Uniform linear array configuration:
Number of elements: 16
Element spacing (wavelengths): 0.25
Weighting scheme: hamming
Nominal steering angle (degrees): -45
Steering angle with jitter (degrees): -43.294
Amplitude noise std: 0.05
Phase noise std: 0.05

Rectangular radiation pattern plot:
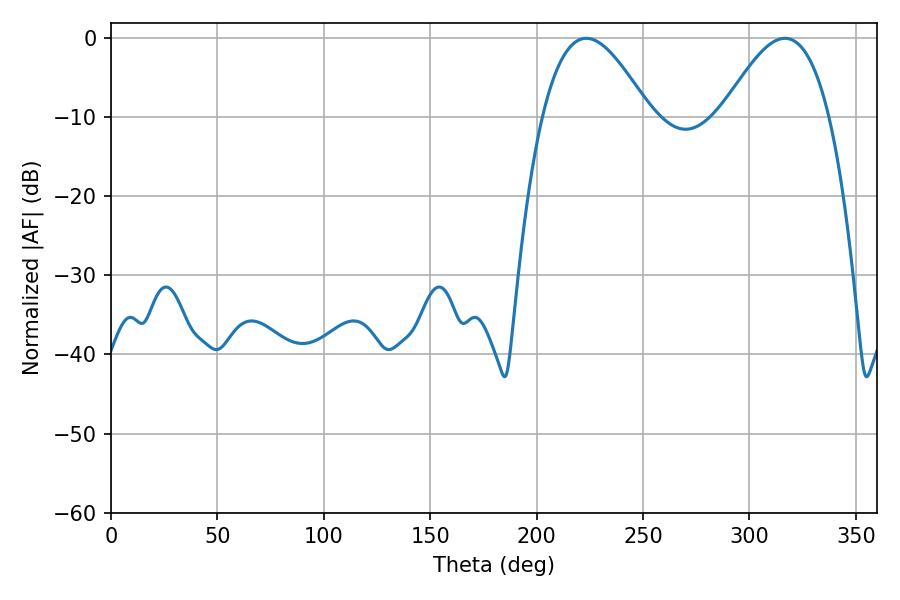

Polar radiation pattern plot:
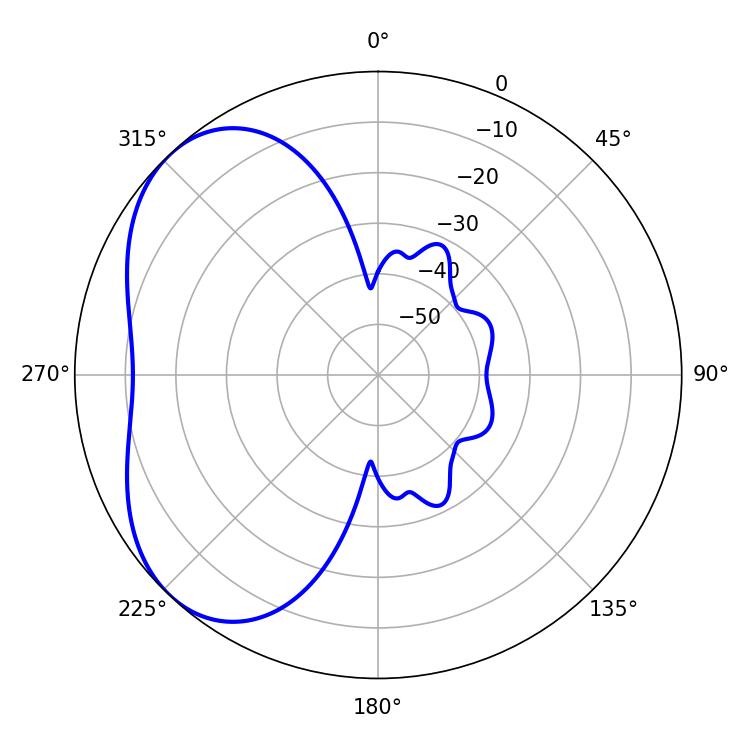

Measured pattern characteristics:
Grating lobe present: FALSE
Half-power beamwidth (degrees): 27.36
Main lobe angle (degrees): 223.38